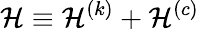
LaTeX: \mathcal{H}\equiv\mathcal{H}^{(k)}+\mathcal{H}^{(c)}